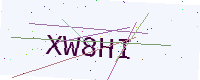
Text: XW8HI